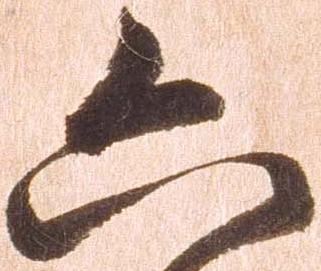
六